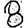
Digit: 8